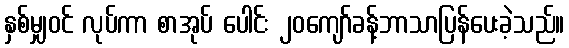
နှစ်မျှဝင် လုပ်ကာ စာအုပ် ပေါင်း ၂၀ကျော်ခန့်ဘာသာပြန်ပေးခဲ့သည်။